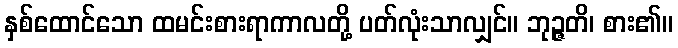
နှစ်ထောင်သော ထမင်းစားရာကာလတို့ ပတ်လုံးသာလျှင်။ ဘုဉ္ဇတိ၊ စား၏။